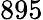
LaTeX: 895